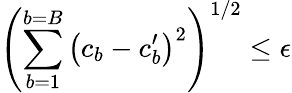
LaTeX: \left(\sum_{b=1}^{b=B}\left(c_{b}-c_{b}^{\prime}\right)^{2}\right)^{1/2}\leq\epsilon